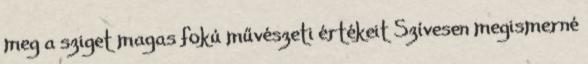
meg a sziget magas fokú művészeti értékeit Szívesen megismerné